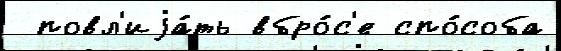
 повл'иjа́ть вбро́с'е спо́соба